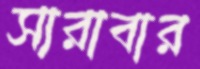
সারাবার